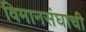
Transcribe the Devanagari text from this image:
विमानसंघाची